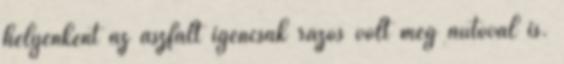
helyenként az aszfalt igencsak rázós volt még autóval is.